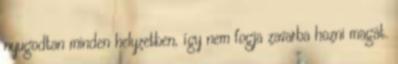
nyugodtan minden helyzetben, így nem fogja zavarba hozni magát.